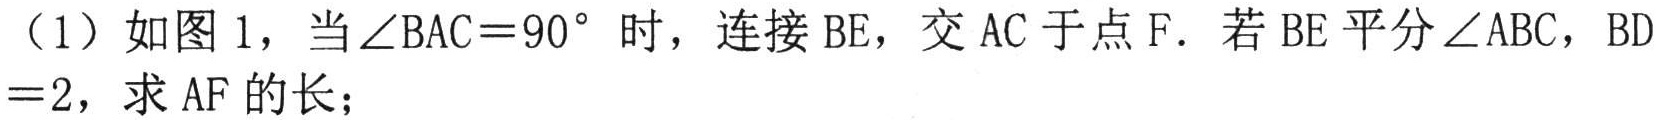
(1) 如图1，当\(\angle BAC = 90^{\circ}\)时，连接\(BE\)，交\(AC\)于点\(F\). 若\(BE\)平分\(\angle ABC\)，\(BD = 2\)，求\(AF\)的长；